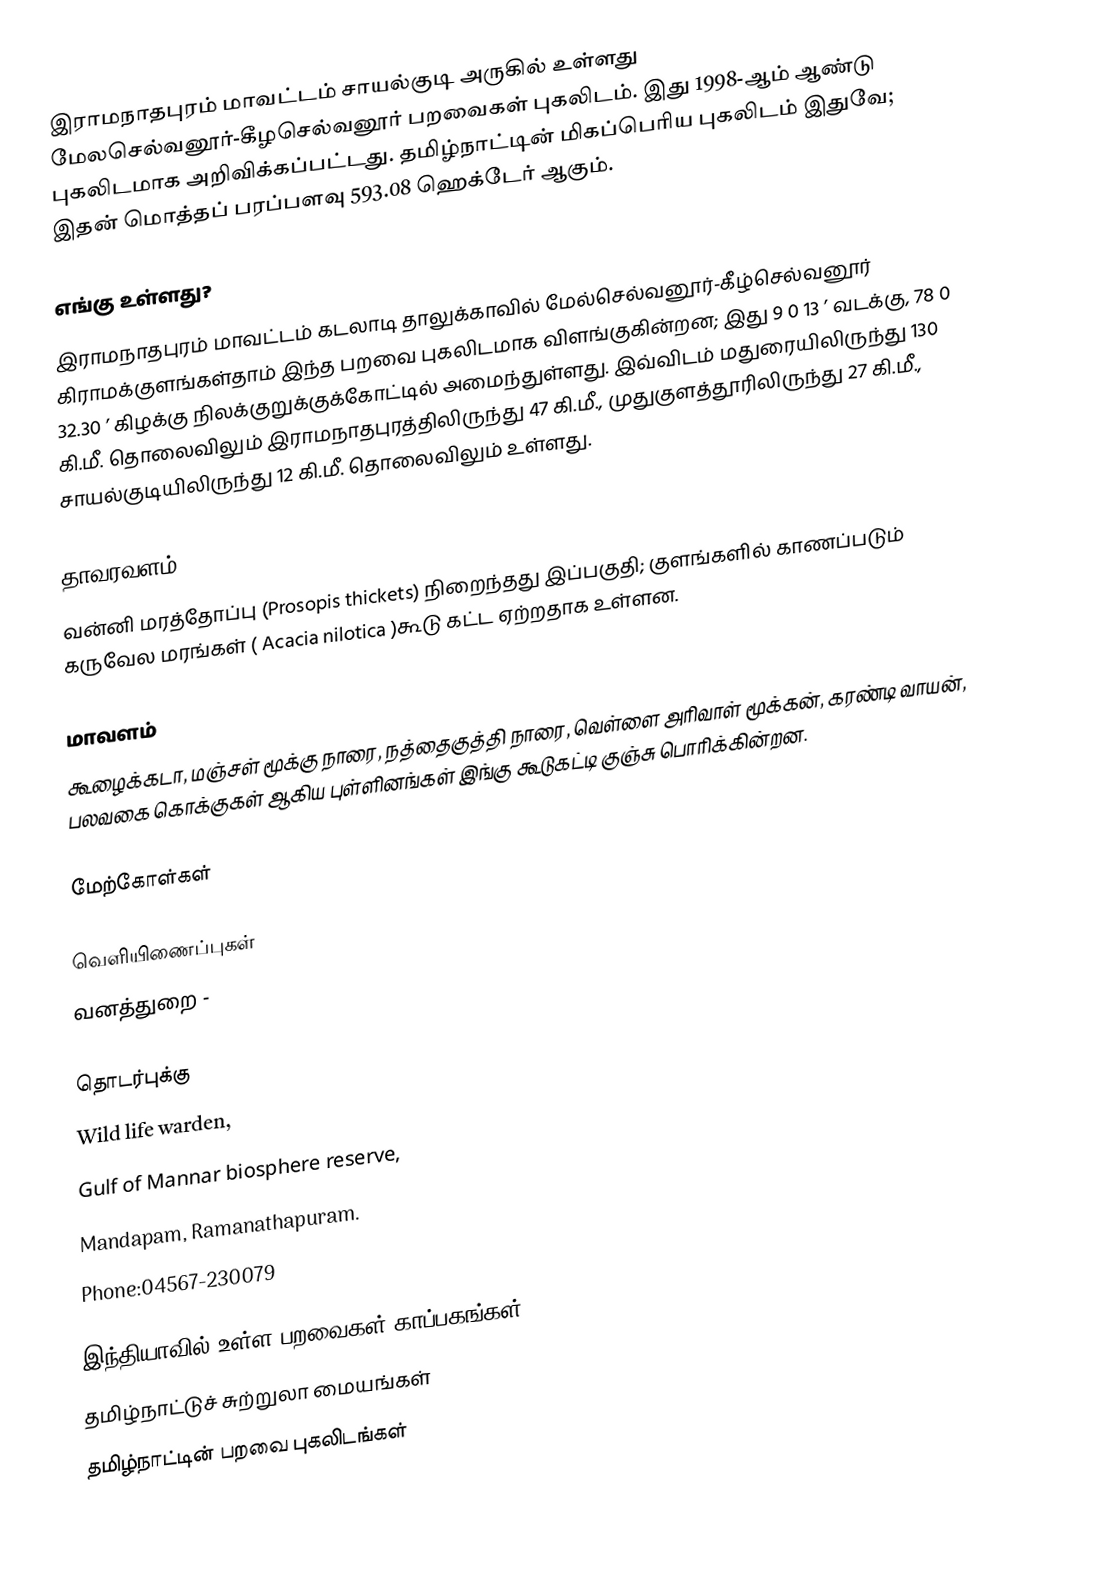
இராமநாதபுரம் மாவட்டம் சாயல்குடி அருகில் உள்ளது மேலசெல்வனூர்-கீழசெல்வனூர் பறவைகள் புகலிடம். இது 1998-ஆம் ஆண்டு புகலிடமாக அறிவிக்கப்பட்டது. தமிழ்நாட்டின் மிகப்பெரிய புகலிடம் இதுவே; இதன் மொத்தப் பரப்பளவு 593.08 ஹெக்டேர் ஆகும்.

எங்கு உள்ளது?
இராமநாதபுரம் மாவட்டம் கடலாடி தாலுக்காவில் மேல்செல்வனூர்-கீழ்செல்வனூர் கிராமக்குளங்கள்தாம் இந்த பறவை புகலிடமாக விளங்குகின்றன; இது 9 0 13 ’ வடக்கு, 78 0 32.30 ’ கிழக்கு நிலக்குறுக்குக்கோட்டில் அமைந்துள்ளது. இவ்விடம் மதுரையிலிருந்து 130 கி.மீ. தொலைவிலும் இராமநாதபுரத்திலிருந்து 47 கி.மீ., முதுகுளத்தூரிலிருந்து 27 கி.மீ., சாயல்குடியிலிருந்து 12 கி.மீ. தொலைவிலும் உள்ளது.

தாவரவளம்
வன்னி மரத்தோப்பு (Prosopis thickets) நிறைந்தது இப்பகுதி; குளங்களில் காணப்படும் கருவேல மரங்கள் ( Acacia nilotica )கூடு கட்ட ஏற்றதாக உள்ளன.

மாவளம்
கூழைக்கடா, மஞ்சள் மூக்கு நாரை, நத்தைகுத்தி நாரை, வெள்ளை அரிவாள் மூக்கன், கரண்டி வாயன், பலவகை கொக்குகள் ஆகிய புள்ளினங்கள் இங்கு கூடுகட்டி குஞ்சு பொரிக்கின்றன.

மேற்கோள்கள்

வெளியிணைப்புகள்
 வனத்துறை -

தொடர்புக்கு
Wild life warden,
Gulf of Mannar biosphere reserve,
Mandapam, Ramanathapuram.
Phone:04567-230079

இந்தியாவில் உள்ள பறவைகள் காப்பகங்கள்
தமிழ்நாட்டுச் சுற்றுலா மையங்கள்
தமிழ்நாட்டின் பறவை புகலிடங்கள்